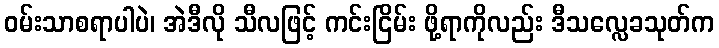
ဝမ်းသာစရာပါပဲ၊ အဲဒီလို သီလဖြင့် ကင်းငြိမ်း ဖို့ရာကိုလည်း ဒီသလ္လေခသုတ်က